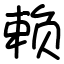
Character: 赖